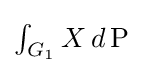
\textstyle \int _{G_{1}}X\,d\operatorname {P}